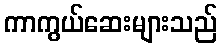
ကာကွယ်ဆေးများသည်